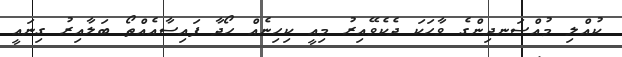
ކުއްލި މުއްސަނދިންގެ ވާހަކަ ދެކެވޭއިރު މިއީ ކިހިނެއް ހޯދާ ފައިސާއެއްތޯ ބަލާއިރު ގިނައީ